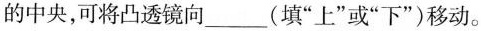
的中央，可将凸透镜向___（填”上”或”下”）移动。